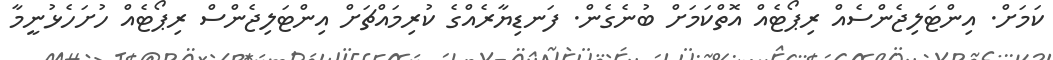
ކަމަށް. އިންޓަލިޖެންސެއް ރިޕޯޓެއް އޮތްކަމަށް ބުނެގެން. ފަނޑިޔާރެއްގެ ކުރިމައްޗަށް އިންޓަލިޖެންސް ރިޕޯޓެއް ހުށަހެޅުނީމާ